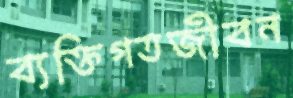
ব্যক্তিগতজীবন